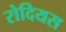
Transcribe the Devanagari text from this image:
रोदियस